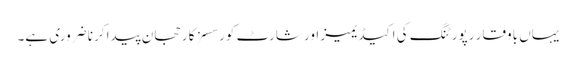
یہاں باوقار رپورٹنگ کی اکیڈیمیز اور شارٹ کورسسز کا رحجان پیدا کرنا ضروری ہے۔